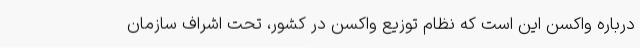
درباره واکسن این است که نظام توزیع واکسن در کشور، تحت اِشراف سازمان